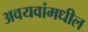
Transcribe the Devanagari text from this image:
अवयवांमधील